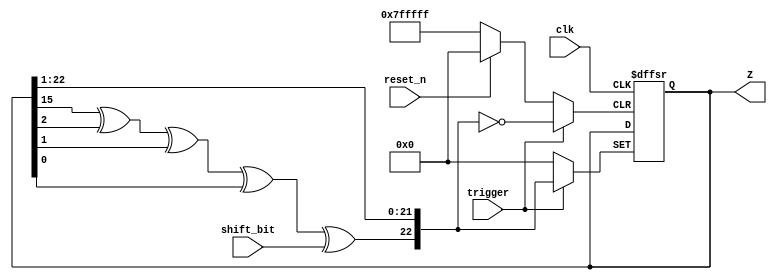
`timescale 1ns / 1ps
//////////////////////////////////////////////////////////////////////////////////
// Company: 
// Engineer: 
// 
// Design Name: 
// Module Name: LFSR_Z
// Project Name: 
// Target Devices: 
// Tool Versions: 
// Description: 
// 
// Dependencies: 
// 
// Revision:
// Revision 0.01 - File Created
// Additional Comments:
// 
//////////////////////////////////////////////////////////////////////////////////


module LFSR_Z(
    input shift_bit,
    input trigger,
    input clk,
    input reset_n,
    output [0:22] Z
    );
    
reg [0:22] Z_reg,Z_next;
wire taps;

    assign taps = Z_reg[7]^Z_reg[20]^Z_reg[21]^Z_reg[22];
    always @(posedge clk,negedge reset_n,posedge trigger)
    begin
        if(~reset_n)
            Z_reg <= 'b0;
        else if (trigger)
            Z_reg <= {taps^shift_bit,Z_reg[0:21]};
    end
        
assign Z = Z_reg; 
     
endmodule